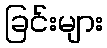
ခြင်းများ